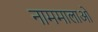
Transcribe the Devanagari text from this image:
नाममालाओं